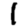
Digit: 1